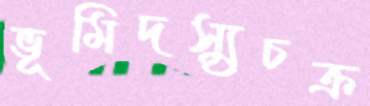
ভূমিদস্যুচক্র